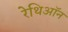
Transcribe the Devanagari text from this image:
रेथिऑन